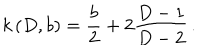
k \, ( D , b ) = { \frac { b } { 2 } } + 2 { \frac { D - 1 } { D - 2 } } \, .